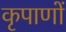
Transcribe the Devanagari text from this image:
कृपाणों